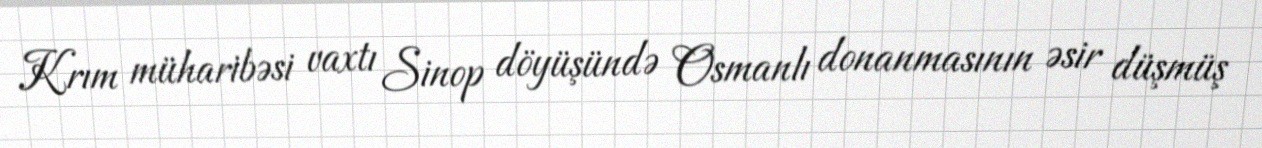
Krım müharibəsi vaxtı Sinop döyüşündə Osmanlı donanmasının əsir düşmüş